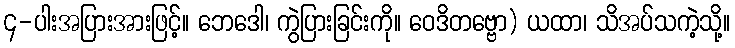
၄-ပါးအပြားအားဖြင့်။ ဘေဒေါ၊ ကွဲပြားခြင်းကို။ ဝေဒိတဗ္ဗော) ယထာ၊ သိအပ်သကဲ့သို့။